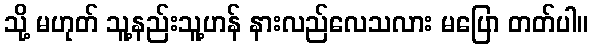
သို့ မဟုတ် သူ့နည်းသူ့ဟန် နားလည်လေသလား မပြော တတ်ပါ။